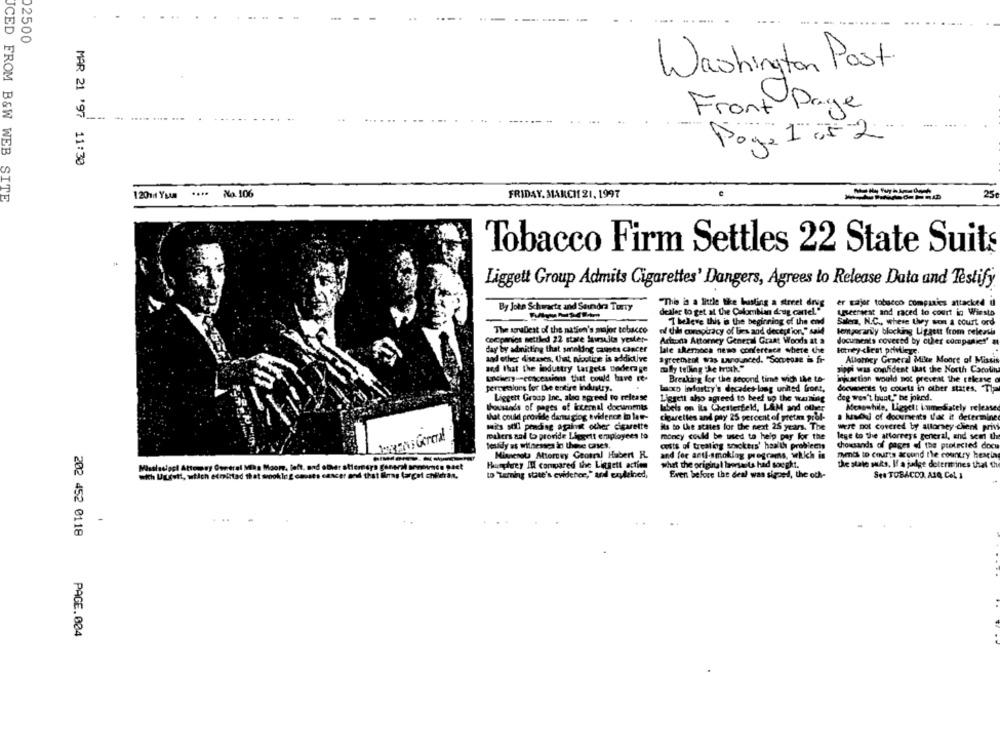
02500
Washington Post
Front Page
Poy: 1 052
MAR 21 '97 11:30
120mil Yuun
....
Na. 106
FRIDAY, MARCH 21, 1997
25
JCED FROM B&W WEB SITE
Tobacco Firm Settles 22 State Suits
Liggett Group Admits Cigarettes' Dangers, Agrees to Release Data and Testify
By John Schwartz and Saundra TurTy
"The ia a little the busting a street drug
er major tobacco companies attackoed dl
dealer to get at the Colombian drug cartel."
tretraest and raced to court in Wiesto
T believe this is the beginning of the end
Silena, N.C ., where Ley son a court ord
The agrubest of the nation's major tobacco
of dil croptracy of bes and deception," said
temporarily blocking Ligastt from releasis
Coccpanice settled 22 stare lawsuits yesler-
Arizona Attorney General Graat Woods at a
documents covered by culler companies' a
day by admitting that smoking causes cancer
late skernoca neso conference where che
lotney chest privilege.
and other diseases, Uint nicotine is addictive
agreement was Lanounced. "Someone is fr
Allothey General Mike Moore of Mistis
aed that the industry targets underage
molly telling the truth."
pippi was ofident that the North Carolina
Lykkery -- concessions that could have it-
Breaking for the second time with the to-
Initsction would not prevent the release
perceslors for Dve entire industry.
bacco infostry's decades-long united front,
documents to courts in other states. Tha
Liggert Group Inc, also agreed to release
Ligsett aho agreed to beef up the warning
deg won't bunt," he joked.
Thousands of pages of kternal documents
lubels on ils Chesterfield, L&M and other
Meanwhile, Liggelt immediately released
that could provide danu glog evidence o lat-
cigarettes and pay 25 percent of pretam prof-
a huawei of documents Vat it determined
mits still pending against other cigarette
is to the states for the next 25 years. The
Were not covered by alloraey client privi
makers and to provide Llegett employees to
monty could be aned to help pay for the
lege to the allorreys general, and sem th
teundy ss witnesses in these cases,
costs of treating smokers' health problems
thousands of pages of the protected docu
Minnesota Attorney Geotra! Habert H.
and for anti-smoklog programs, which is
mmis to courts around the country heacia
Misslasiget Attorney General Miha Moore, felt, and other aticreera
Hunphrey IN compared the Liegett action
what the origkru I lawsuits had sought.
the state suks, If a judge determines that the
wich Uurett, which etmitad that woking costs cancer and that
to "Temning state's evidence," andl eaudeined,
Even before the deal was signed, the oth-
See TOBACCO, A10, Col. 1
..
202 452 0118
PAGE.004